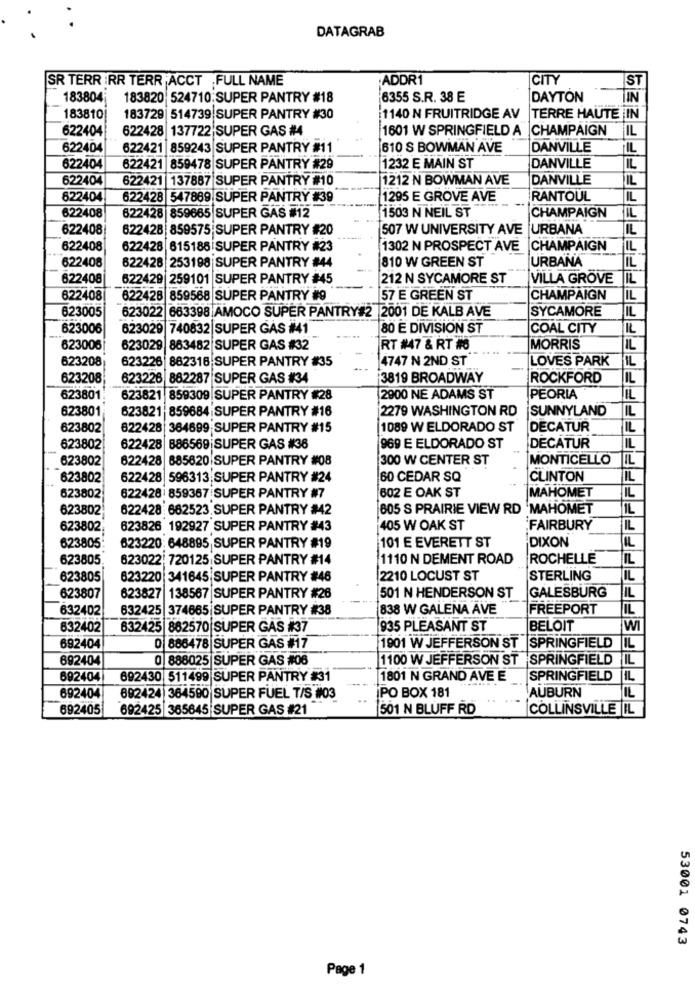
DATAGRAB
SR TERR RR TERR ACCT FULL NAME
ADDR1
CITY
ST
183804
183820 524710 SUPER PANTRY #18
6355 S.R. 38 E
DAYTON
IN
183810
183729 514739 SUPER PANTRY #30
1140 N FRUITRIDGE AV
TERRE HAUTE IN
622404
622428 137722 SUPER GAS #4
1601 W SPRINGFIELD A
CHAMPAIGN
IL
622404
622421 859243 SUPER PANTRY #11
610 S BOWMAN AVE
DANVILLE
IL
622404
622421 859478 SUPER PANTRY #29
1232 E MAIN ST
DANVILLE
IL
622404
622421 137887 SUPER PANTRY #10
1212 N BOWMAN AVE
DANVILLE
IL
822404
622428 547889 SUPER PANTRY #39
1295 E GROVE AVE
RANTOUL
IL
1503 N NEIL ST
622408
622428 859665 SUPER GAS #12
CHAMPAIGN
IL
622408
622428 859575 SUPER PANTRY #20
507 W UNIVERSITY AVE |URBANA
IL
622408
622428 615188 SUPER PANTRY #23
1302 N PROSPECT AVE |CHAMPAIGN
IL
622408
810 W GREEN ST
URBANA
IL
822428 253198 SUPER PANTRY #44
622408
622429 259101 SUPER PANTRY #45
212 N SYCAMORE ST
VILLA GROVE IL
622408|
622428 859568 SUPER PANTRY #9
57 E GREEN ST
CHAMPAIGN
IL
623005
623022 683398 AMOCO SUPER PANTRY#2 2001 DE KALB AVE
SYCAMORE
IL
623006
623029 740832 SUPER GAS #41
80 E DIVISION ST
COAL CITY
IL
623006
623029 863482 SUPER GAS #32
RT #47 & RT #8
MORRIS
IL
623208
623226 862316 SUPER PANTRY #35
4747 N 2ND ST
LOVES PARK
IL
623208
623226 882287 SUPER GAS #34
3819 BROADWAY
ROCKFORD
IL
623801
623821 859309 SUPER PANTRY #28
2900 NE ADAMS ST
PEORIA
IL
623801
623821 859684 SUPER PANTRY #16
2279 WASHINGTON RD
SUNNYLAND
IL
623802
622428 364699 SUPER PANTRY #15
1089 W ELDORADO ST
DECATUR
IL
623802
622428 886569 SUPER GAS #38
969 E ELDORADO ST
DECATUR
IL
623802
622428 885620 SUPER PANTRY #08
300 W CENTER ST
MONTICELLO
IL
623802
622428 596313 SUPER PANTRY #24
60 CEDAR SQ
CLINTON
IL
602 E OAK ST
623802
622428 859367 SUPER PANTRY #7
MAHOMET
IL
623802
622428 682523 SUPER PANTRY #42
805 S PRAIRIE VIEW RD 'MAHOMET
IL
623802
623826 192927 SUPER PANTRY #43
405 W OAK ST
FAIRBURY
IL
DIXON
623805
623220: 648895 SUPER PANTRY #19
101 E EVERETT ST
IL
623805
623022| 720125 SUPER PANTRY #14
1110 N DEMENT ROAD
ROCHELLE
IL
623805
623220 341645 SUPER PANTRY #46
2210 LOCUST ST
STERLING
IL
623807
623827 138567 SUPER PANTRY #26
501 N HENDERSON ST
GALESBURG
IL
632402
632425 374665 SUPER PANTRY #38
838 W GALENA AVE
FREEPORT
IL
632402
832425 882570 SUPER GAS #37
935 PLEASANT ST
BELOIT
WI
692404
0 886478 SUPER GAS #17
1901 W JEFFERSON ST |SPRINGFIELD IL
692404
0 888025 SUPER GAS #06
1100 W JEFFERSON ST SPRINGFIELD IL
692404
692430 511499 SUPER PANTRY #31
1801 N GRAND AVE E
SPRINGFIELD
IL
AUBURN
692404
892424 364590 SUPER FUEL T/S #03
PO BOX 181
IL
692405
692425 365645 SUPER GAS #21
501 N BLUFF RD
COLLINSVILLE IL
53001 0743
Page 1